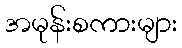
အမုန်းစကားများ